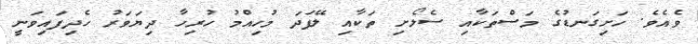
ވެއެވެ. ހަށިގަނޑުގެ މަސްތަކާއި ސެލޯށި ތަކާއި ލޭފަދަ މުހިއްމު ހުރިހާ ދިޔަވަރު ހެދިފައިވަނީ